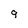
Character: 9